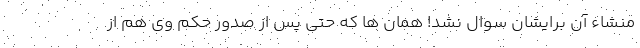
منشاء آن برایشان سوال نشد! همان ها که حتی پس از صدور حکم وی هم از